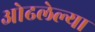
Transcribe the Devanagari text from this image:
ओढलेल्या